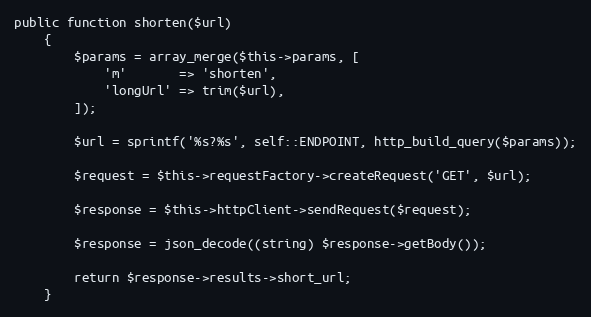
Language: PHP
public function shorten($url)
    {
        $params = array_merge($this->params, [
            'm'       => 'shorten',
            'longUrl' => trim($url),
        ]);

        $url = sprintf('%s?%s', self::ENDPOINT, http_build_query($params));

        $request = $this->requestFactory->createRequest('GET', $url);

        $response = $this->httpClient->sendRequest($request);

        $response = json_decode((string) $response->getBody());

        return $response->results->short_url;
    }